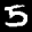
Label: 5